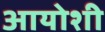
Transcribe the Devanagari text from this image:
आयोशी